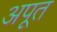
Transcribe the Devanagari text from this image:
अपूत